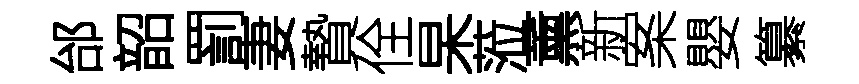
邰韶罰妻贄佺杲蒞薰新案嬰纂